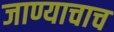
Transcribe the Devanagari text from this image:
जाण्याचाच